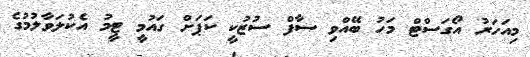
މިއަހަރު އޯގަސްޓް މަހު ބޭއްވި ސާފް ސުޒުކީ ކަޕަށް ގައުމީ ޓީމު އެކުލަވާލުމުގެ